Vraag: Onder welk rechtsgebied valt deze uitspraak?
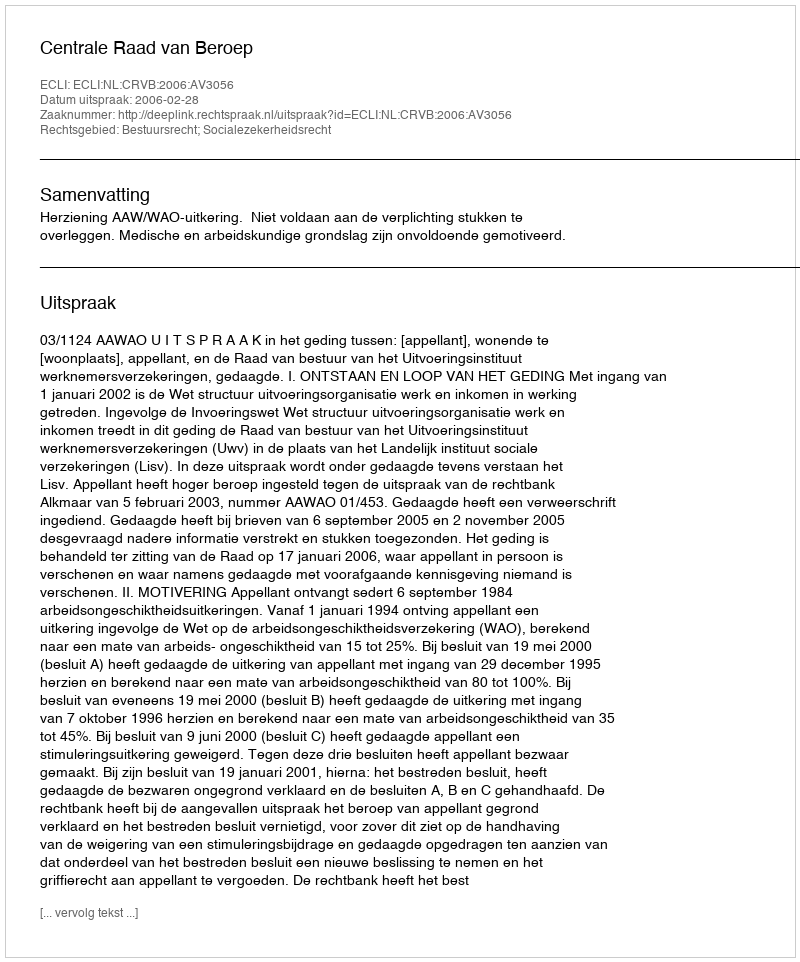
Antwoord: Bestuursrecht; Socialezekerheidsrecht